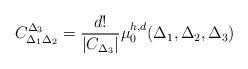
LaTeX: \begin{align*}C_{\Delta_1\Delta_2}^{\Delta_3}=\frac{d!}{|C_{\Delta_3}|}\mu_{0}^{h,d}(\Delta_{1},\Delta_{2},\Delta_{3})\end{align*}